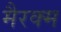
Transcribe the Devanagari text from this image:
मैरक्म